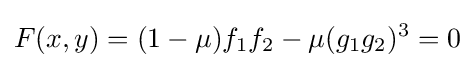
F(x,y)=(1-\mu )f_{1}f_{2}-\mu (g_{1}g_{2})^{3}=0